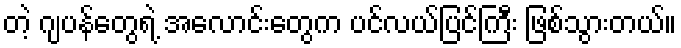
တဲ့ ဂျပန်တွေရဲ့ အလောင်းတွေက ပင်လယ်ပြင်ကြီး ဖြစ်သွားတယ်။